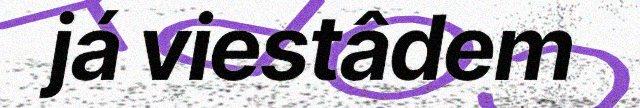
já viestâdem